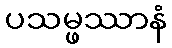
ပသမ္ဖဿာနံ